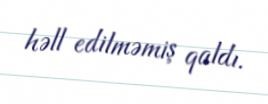
həll edilməmiş qaldı.